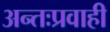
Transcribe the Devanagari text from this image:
अन्तःप्रवाही